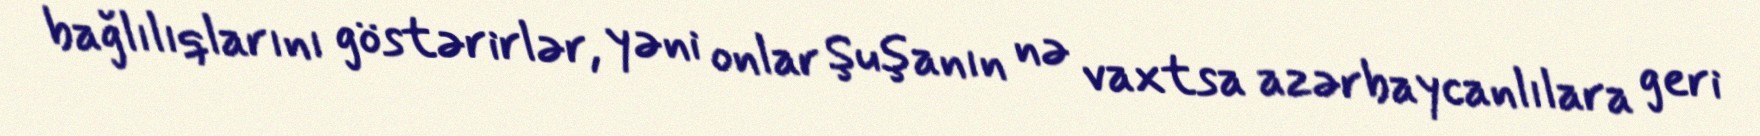
bağlılıqlarını göstərirlər, yəni onlar Şuşanın nə vaxtsa azərbaycanlılara geri